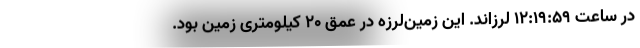
در ساعت 12:19:59 لرزاند. این زمین‌لرزه در عمق 20 کیلومتری زمین بود.